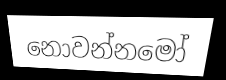
නොවන්නමෝ